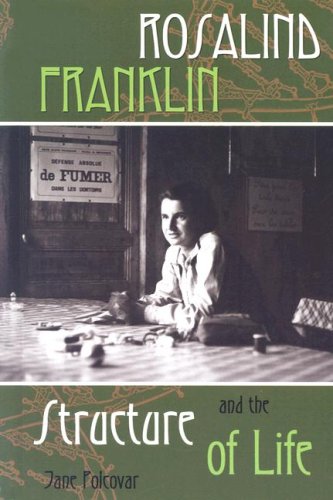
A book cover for Rosalind Franklin And the Structure of Life (Profiles in Science); Jane Polcovar; Teen & Young Adult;